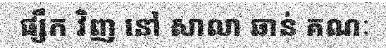
ផ្សឹក វិញ នៅ សាលា ឆាន់ គណៈ